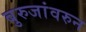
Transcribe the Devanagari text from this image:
बुरुजांवरुन